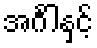
အင်္ဂါနှင့်